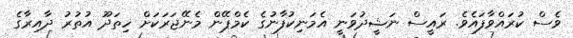
ވެސް ކުރައްވާފައެވެ. ރައީސް ނަޝީދުވަނީ އެމަނިކުފާނުގެ ކެމްޕޭން މެނޭޖަރަކަށް ހިތަދޫ އުތުރު ދާއިރާގެ